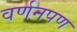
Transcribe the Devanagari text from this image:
वर्णनपण